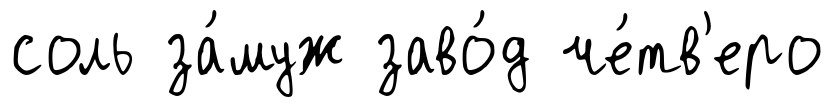
соль за́муж заво́д че́тв'еро